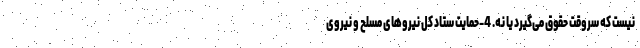
نیست که سروقت حقوق می‌گیرد یا نه. 4-حمایت ستاد کل نیروهای مسلح و نیروی